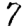
Digit: 7